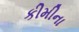
કીમીના